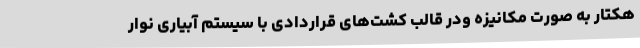
هکتار به صورت مکانیزه ودر قالب کشت‌های قراردادی با سیستم آبیاری نوار